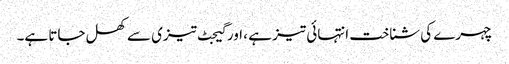
چہرے کی شناخت انتہائی تیز ہے ، اور گیجٹ تیزی سے کھل جاتا ہے۔